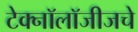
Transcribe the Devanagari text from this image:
टेक्नॉलॉजीजचे